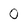
Character: 0